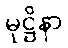
မုဋ္ဌိနာ